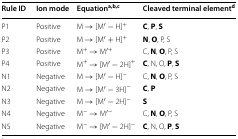
| Rule ID | Ion mode | Equationa,b,c | Cleaved terminal elementd |
 | --- | --- | --- | --- |
 | P1 | Positive | M → [M′ − H]+ | C, P, S |
 | P2 | Positive | M → [M′ + H]+ | N, O, P, S |
 | P3 | Positive | M+ → M′+ | C, N, O, P, S |
 | P4 | Positive | M+ → [M′ − 2H]+ | C, N, O, P, S |
 | N1 | Negative | M → [M′ − H]− | C, N, O, P, S |
 | N2 | Negative | M → [M′ − 3H]− | C, P |
 | N3 | Negative | M → [M′ − 2H]− | S |
 | N4 | Negative | M− → M′− | C, N, O, P, S |
 | N5 | Negative | M− → [M′ − 2H]− | C, N, O, P, S |